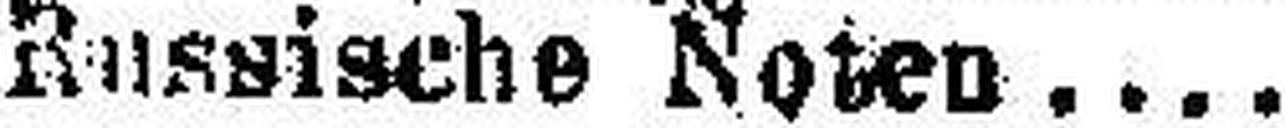
Russische Noten